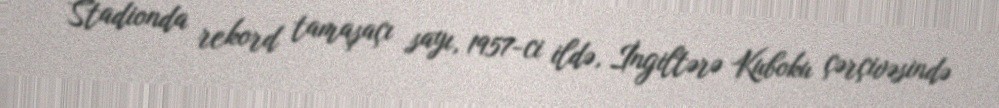
Stadionda rekord tamaşaçı sayı, 1957-ci ildə, İngiltərə Kuboku çərçivəsində